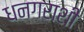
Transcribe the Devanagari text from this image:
धनगराशी